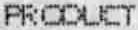
PRODUCT